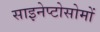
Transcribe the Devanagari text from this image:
साइनेप्टोसोमों